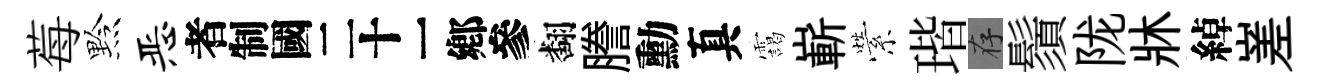
莓黔恶识翻謄勳真靄嶄縈瑎存鬚陇牀綽嵳